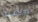
ماضية